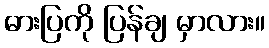
ဓားပြကို ပြန်ချ မှာလား။